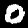
Digit: 0